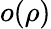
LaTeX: o(\rho)